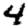
Digit: 4